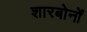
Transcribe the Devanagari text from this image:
शारबोनों